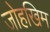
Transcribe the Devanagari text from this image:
जोहखिम